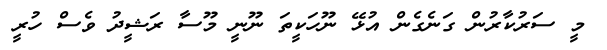
މީ ސަރުކާރުން ގަނެގެން އުޅޭ ނޫހަކީތަ ނޫނީ މޫސާ ރަޝީދު ވެސް ހުރީ